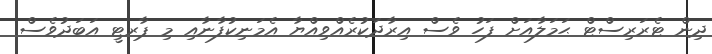
ދިން ޓެރަރިސްޓް ޙަމަލާއަށް ފަހު ވެސް އިރާދަކުރެއްވިއްޔާ އެމަނިކުފާނާއި މި ޕާރޓީ އަބަދުވެސް